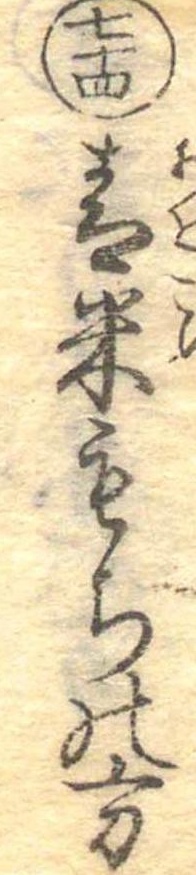
七十四青米もちの方